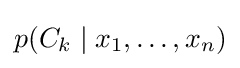
p(C_{k}\mid x_{1},\ldots ,x_{n})